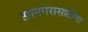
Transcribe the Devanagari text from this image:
उपनगरासाठीचा